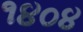
૧૪૦૪